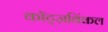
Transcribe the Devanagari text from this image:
कॉट्ज़विंकल